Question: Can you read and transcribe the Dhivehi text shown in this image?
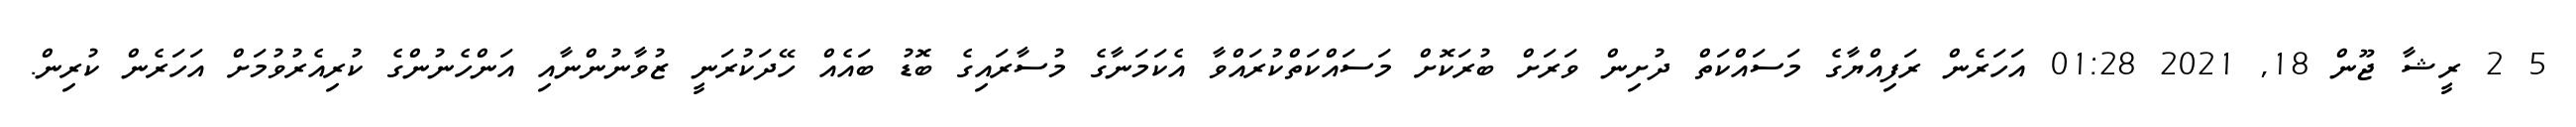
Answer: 5 2 ރީޝާ ޖޫން 18, 2021 01:28 އަހަރެން ރަފިއްޔާގެ މަސައްކަތް ދުށިން ވަރަށް ބުރަކޮށް މަސައްކަތްކުރައްވާ އެކަމަނާގެ މުސާރައިގެ ބޮޑު ބައެއް ހޭދަކުރަނީ ޒުވާނުންނާއި އަންހެނުންގެ ކުރިއެރުވުމަށް އަހަރެން ކުރިން.